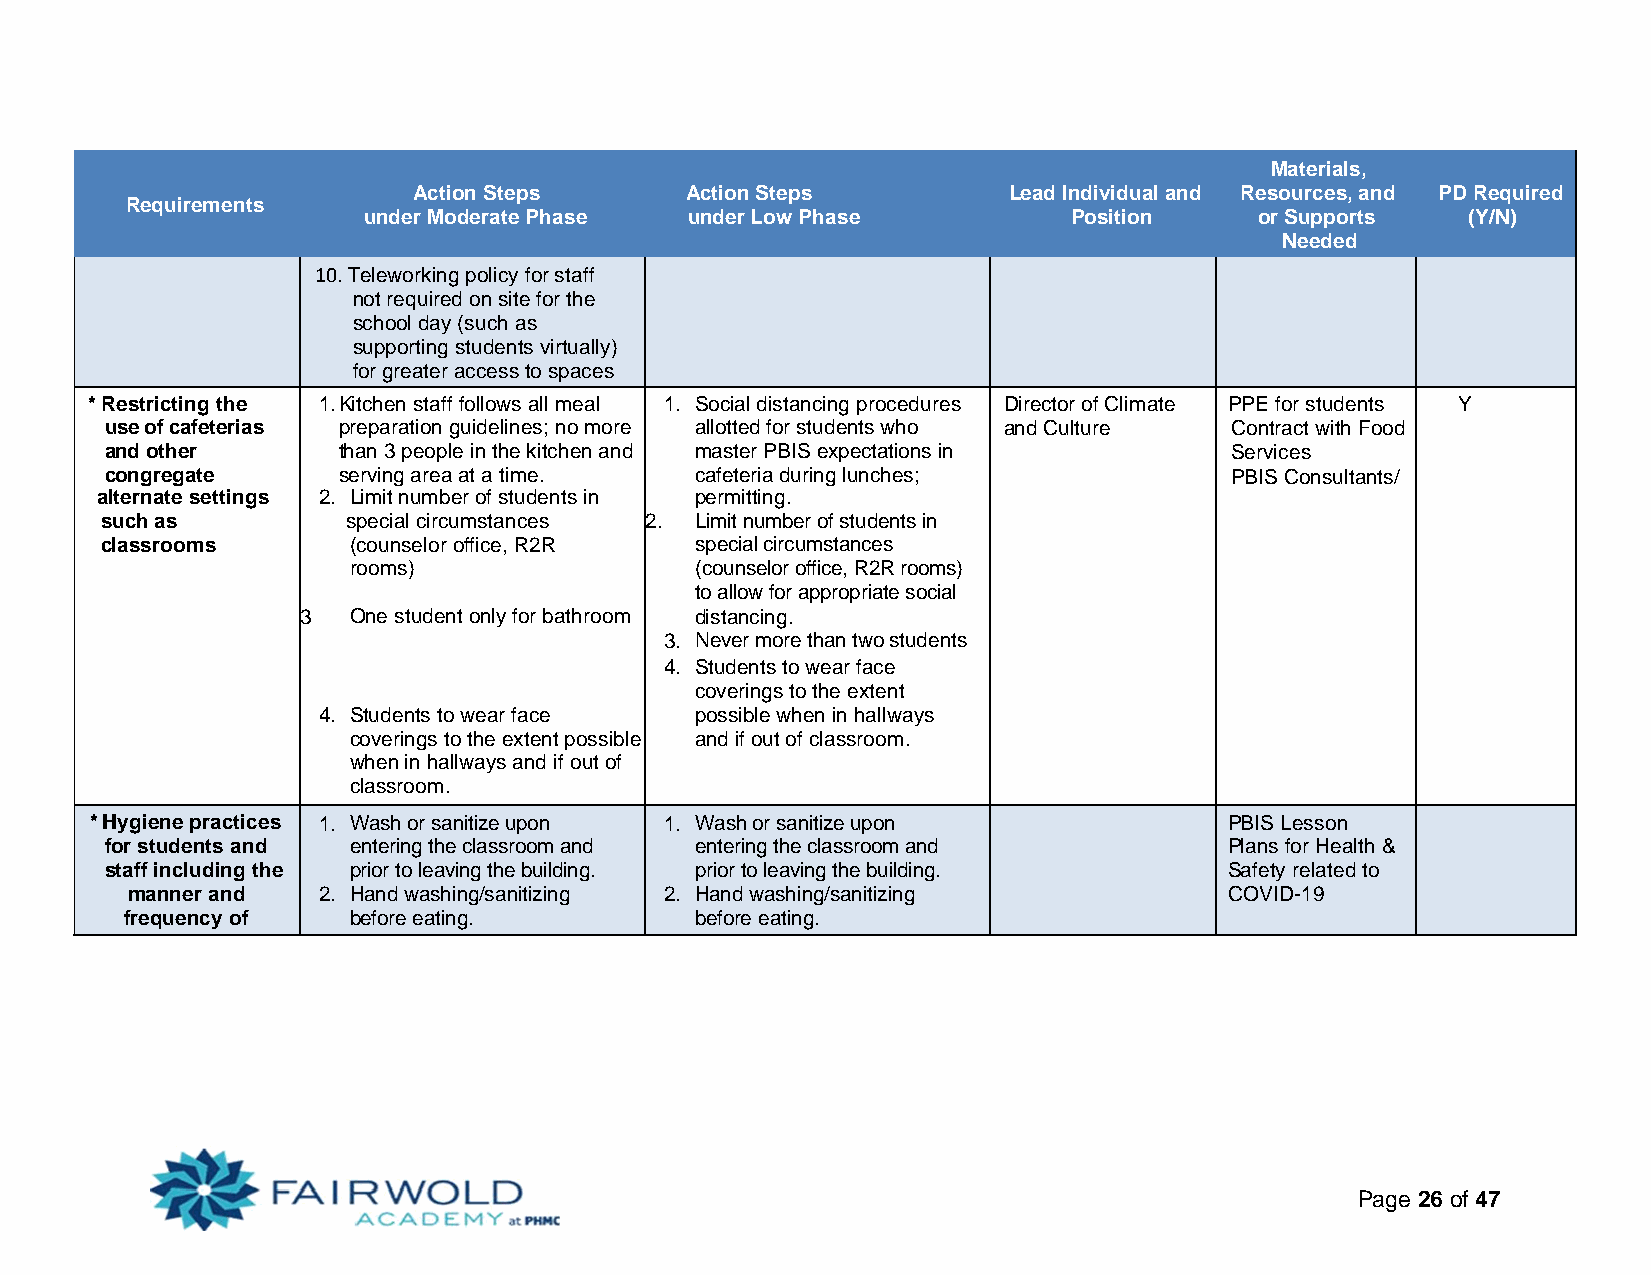
Materials,
 Action Steps      Action Steps          Lead Individual and Resources, and PD Required
 Requirements
 under Moderate Phase  under Low Phase          Position    or Supports   (Y/N)
 Needed
 10. Teleworking policy for staff
 not required on site for the
 school day (such as
 supporting students virtually)
 for greater access to spaces
 * Restricting the 1. Kitchen staff follows all meal 1. Social distancing procedures Director of Climate PPE for students Y
 use of cafeterias preparation guidelines; no more allotted for students who and Culture Contract with Food
 and other      than 3 people in the kitchen and master PBIS expectations in Services
 congregate     serving area at a time. cafeteria during lunches;          PBIS Consultants/
 alternate settings 2. Limit number of students in permitting.
 such as         special circumstances 2. Limit number of students in
 classrooms      (counselor office, R2R special circumstances
 rooms)                 (counselor office, R2R rooms)
 to allow for appropriate social
 3  One student only for bathroom distancing.
 use use.             3. Never more than two students
 4. iSnt ubdaethnrtoso tmo .w ear face
 coverings to the extent
 4. Students to wear face possible when in hallways
 coverings to the extent possible and if out of classroom.
 when in hallways and if out of
 classroom.
 * Hygiene practices 1. Wash or sanitize upon 1. Wash or sanitize upon      PBIS Lesson
 for students and entering the classroom and entering the classroom and    Plans for Health &
 staff including the prior to leaving the building. prior to leaving the building. Safety related to
 manner and   2. Hand washing/sanitizing 2. Hand washing/sanitizing       COVID-19
 frequency of   before eating.         before eating.
 Page 26 of 47